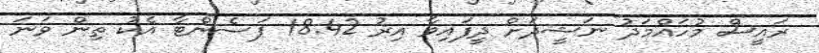
ރައީސް މުހައްމަދު ނަޝީދަށް ދީފައިވާ އިރު 18.42 ޕަސެންޓާ އެކު ތިން ވަނަ